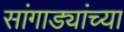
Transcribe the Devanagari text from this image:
सांगाड्यांच्या